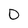
Character: 0